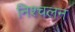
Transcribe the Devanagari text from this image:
निश्‍चलन